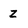
Character: Z